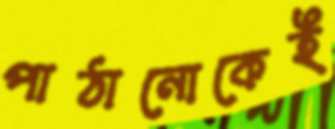
পাঠানোকেই